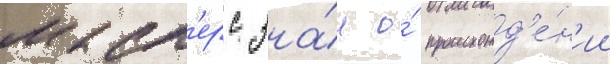
маст'ерс зна́л о́ происхожд'е́н'ии